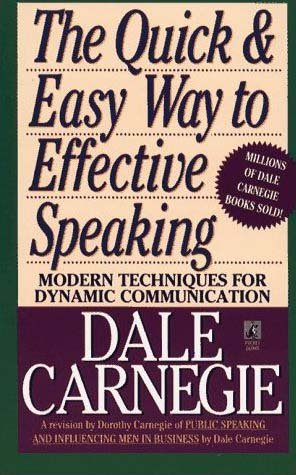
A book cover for The Quick and Easy Way to Effective Speaking; Dale Carnegie; Reference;